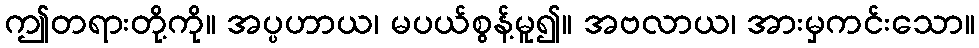
ဤတရားတို့ကို။ အပ္ပဟာယ၊ မပယ်စွန့်မူ၍။ အဗလာယ၊ အားမှကင်းသော။